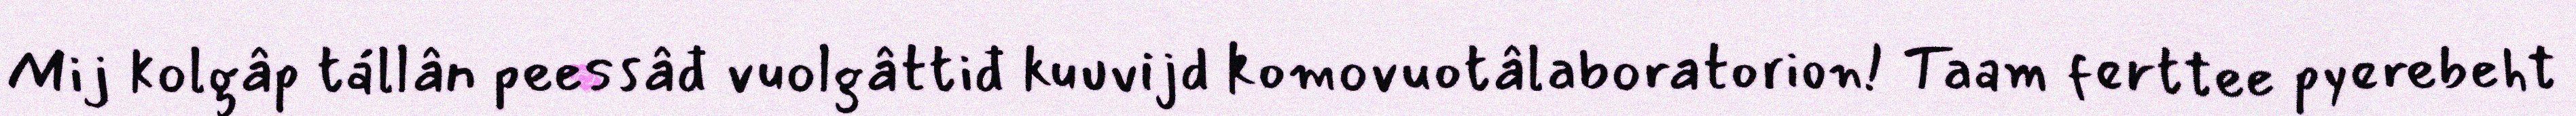
Mij kolgâp tállân peessâđ vuolgâttiđ kuuvijd komovuotâlaboratorion! Taam ferttee pyerebeht